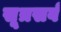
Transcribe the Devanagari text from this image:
सूत्रसर्व